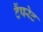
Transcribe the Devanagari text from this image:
टैंपरेट